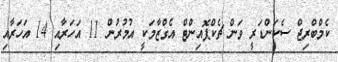
ކެމްބްރިޖް ސެކަންޑަރީ ވަން ޗެކްޕޮއިންޓް އެގްޒާމަކީ އުމުރުން 11 އަހަރާއި 14 އަހަރާއި